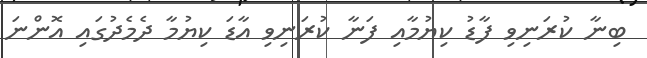
ބިނާ ކުރަނިވި ފާޑު ކިޔުމާއި ފަނާ ކުރަނިވި އާޑަ ކިޔުމާ ދެމެދުގައި އޮންނަ